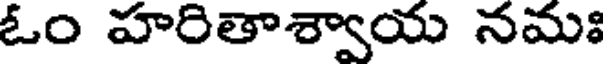
ఓం హరితాశ్వాయ నమః